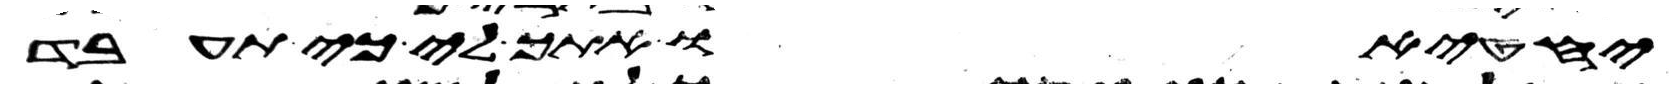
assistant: יחטיאו אתך לי כי תעבד